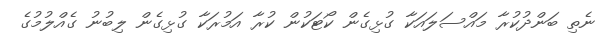
ނެތި ބަންދުކުރާ މައްސަލައަކާ ގުޅިގެން ކޯޓަކުން ކުރާ އަމުރަކާ ގުޅިގެން ލިބުނު ގެއްލުމުގެ